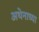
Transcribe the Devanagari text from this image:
अथेनाच्या